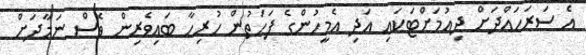
އެ ސަރަހައްދަށް ދިއުމަށްޓަކައި އަދި އެމީހުންގެ ފަހަތުން ހުރިހާ ބައިވެރިން ވެސް ނަމާދަށް